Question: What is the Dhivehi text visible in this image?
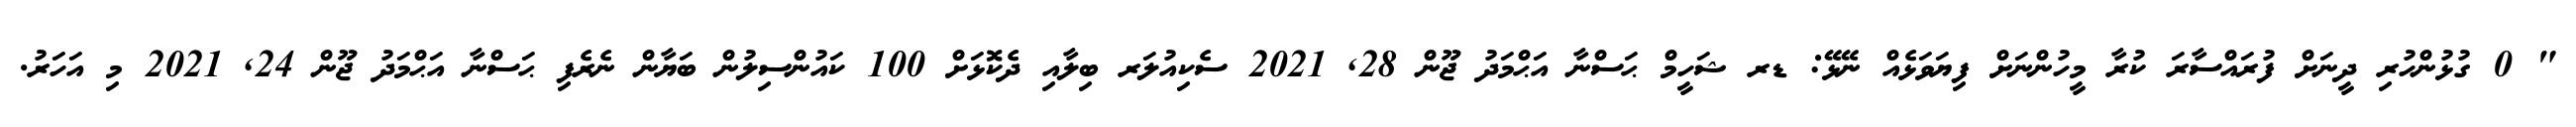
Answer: " 0 ގުޅުންހުރި ދީނަށް ފުރައްސާރަ ކުރާ މީހުންނަށް ފިޔަވަޅެއް ނޭޅޭ: ޑރ ޝަހީމް ޙަސްނާ އަޙްމަދު ޖޫން 28, 2021 ސެކިއުލަރ ބިލާއި ދެކޮޅަށް 100 ކައުންސިލުން ބަޔާން ނެރެފި ޙަސްނާ އަޙްމަދު ޖޫން 24, 2021 މި އަހަރު.